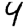
Digit: 4